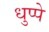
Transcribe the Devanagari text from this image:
धुप्पे